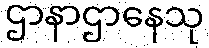
ဌာနာဌာနေသု